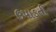
ઉપાડતી